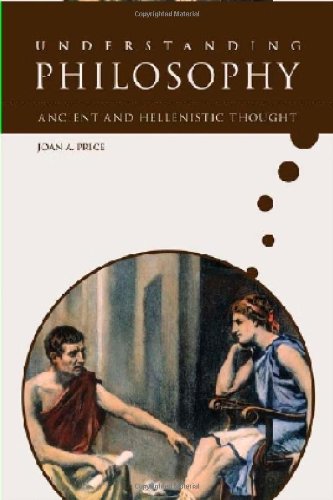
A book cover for Ancient and Hellenistic Thought (Understanding Philosophy); Joan A. Price; Teen & Young Adult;